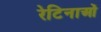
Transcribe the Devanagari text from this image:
रेटिनाओं